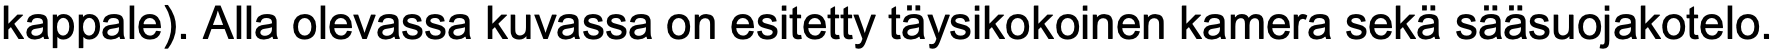
kappale). Alla olevassa kuvassa on esitetty täysikokoinen kamera sekä sääsuojakotelo.